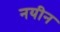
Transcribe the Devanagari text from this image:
नयीन